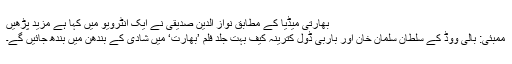
بھارتی میڈیا کے مطابق نواز الدین صدیقی نے ایک انٹرویو میں کہا ہے مزید پڑھیں
ممبئی: بالی ووڈ کے سلطان سلمان خان اور باربی ڈول کترینہ کیف بہت جلد فلم ’بھارت‘ میں شادی کے بندھن میں بندھ جائیں گے۔